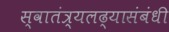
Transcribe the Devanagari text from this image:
स्वातंत्र्यलढ्यासंबंधी